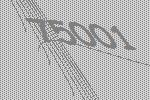
75001